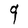
Character: q